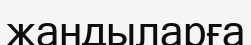
жандыларға